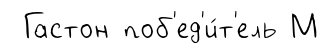
Гастон поб'ед'и́т'ель М